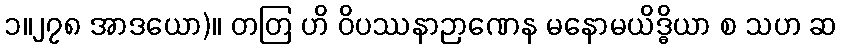
၁။၂၇၈ အာဒယော)။ တတြ ဟိ ဝိပဿနာဉာဏေန မနောမယိဒ္ဓိယာ စ သဟ ဆ